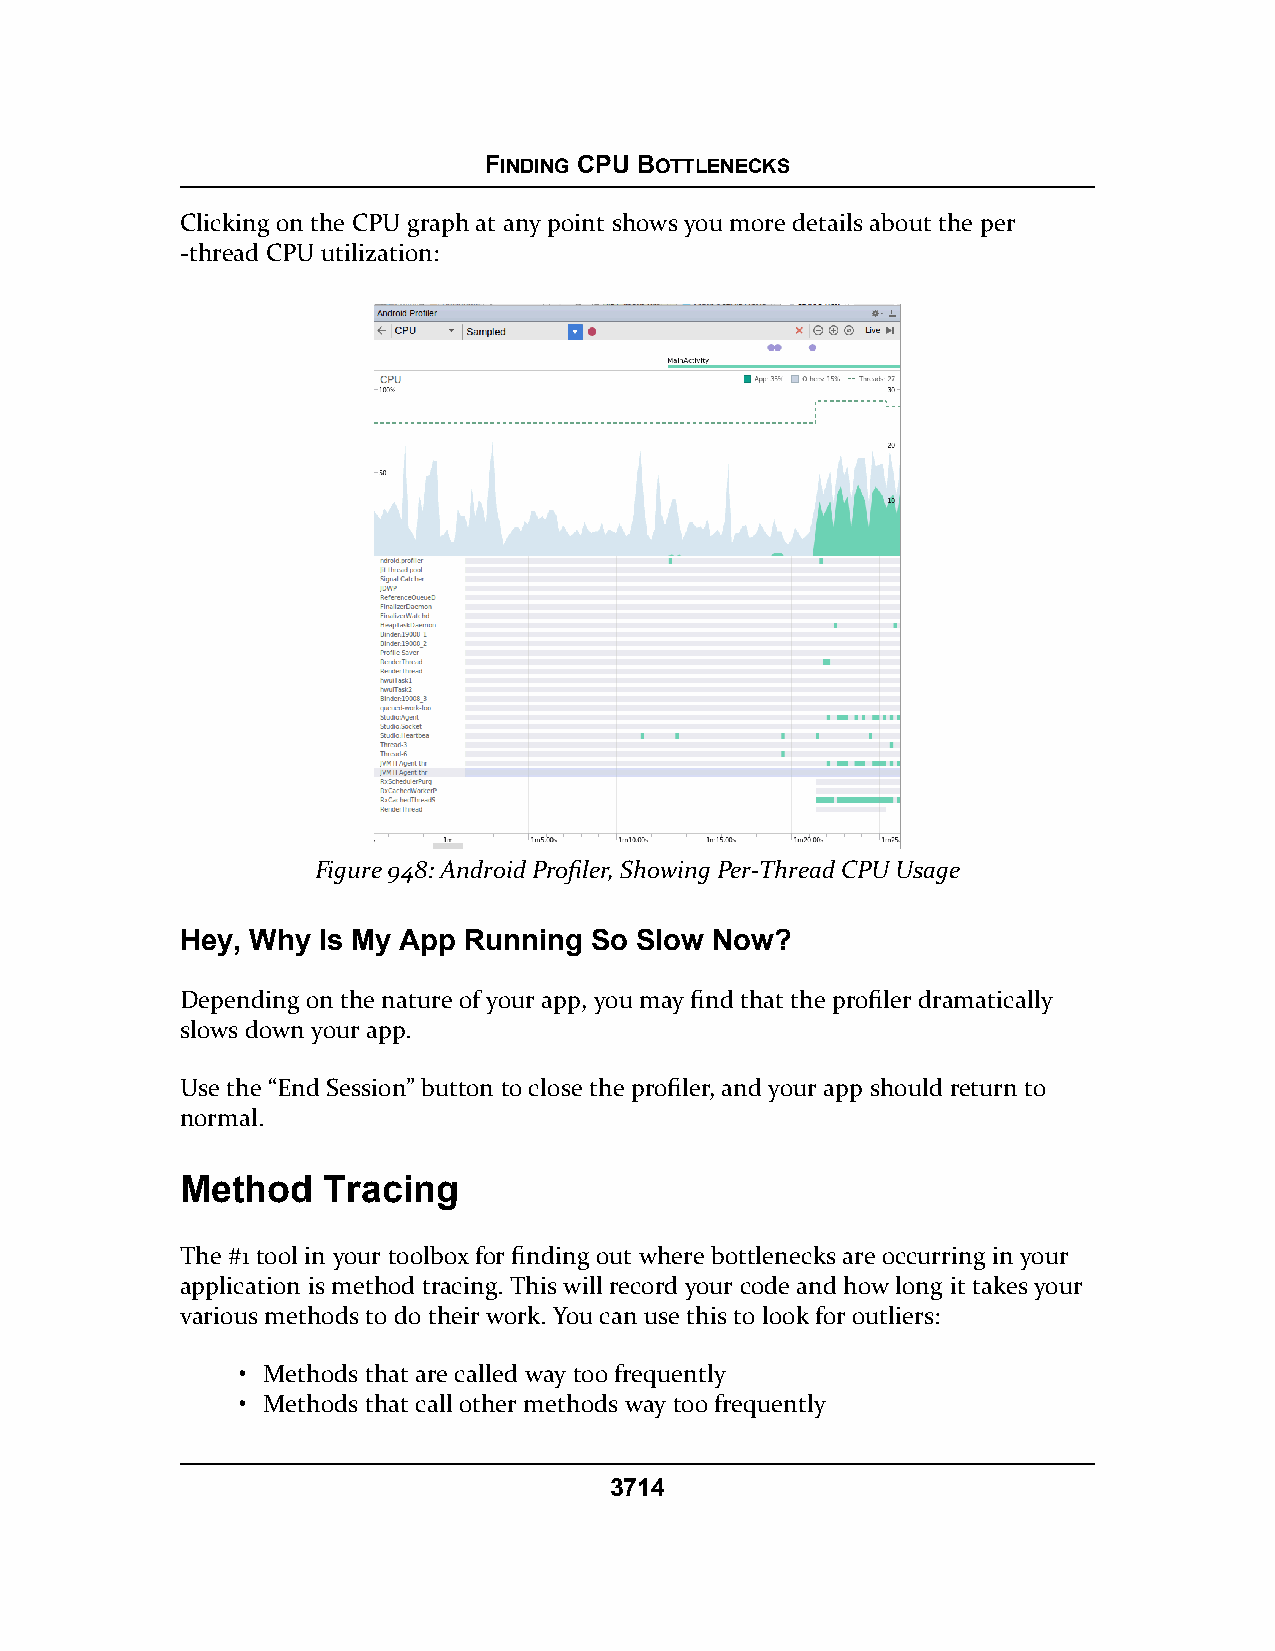
FINDING CPU BOTTLENECKS
 Clicking on the CPU graph at any point shows you more details about the per
 -thread CPU utilization:
 Figure 948: Android Profiler, Showing Per-Thread CPU Usage
 Hey, Why Is My App Running So Slow Now?
 Depending on the nature of your app, you may find that the profiler dramatically
 slows down your app.
 Use the “End Session” button to close the profiler, and your app should return to
 normal.
 Method   Tracing
 The #1 tool in your toolbox for finding out where bottlenecks are occurring in your
 application is method tracing. This will record your code and how long it takes your
 various methods to do their work. You can use this to look for outliers:
 • Methods that are called way too frequently
 • Methods that call other methods way too frequently
 3714